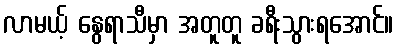
လာမယ့် နွေရာသီမှာ အတူတူ ခရီးသွားရအောင်။